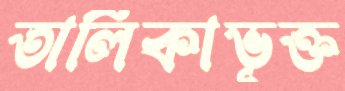
তালিকাভূক্ত